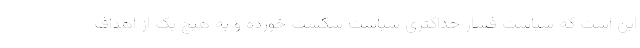
این است که سیاست فشار حداکثری سیاست شکست خورده و به هیچ یک از اهداف